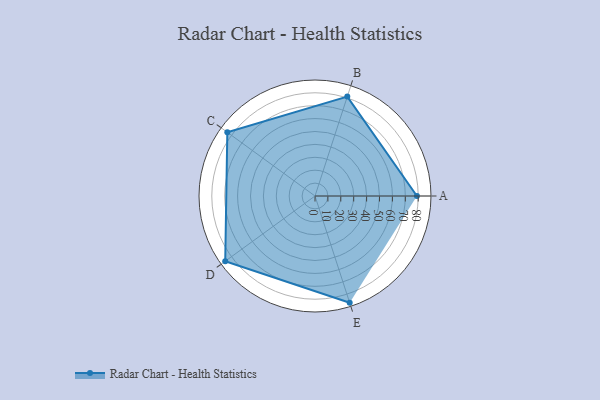
{"axis": {"x": "Skill", "y": "Score"}, "legend": ["Profile"], "data": [{"x": "A", "y": 79.0, "type": "Profile"}, {"x": "B", "y": 81.0, "type": "Profile"}, {"x": "C", "y": 84.0, "type": "Profile"}, {"x": "D", "y": 86.0, "type": "Profile"}, {"x": "E", "y": 87.0, "type": "Profile"}]}